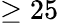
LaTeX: \geq 25